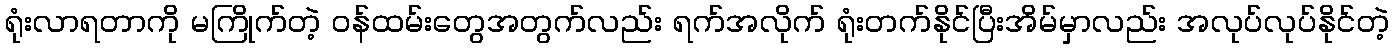
ရုံးလာရတာကို မကြိုက်တဲ့ ဝန်ထမ်းတွေအတွက်လည်း ရက်အလိုက် ရုံးတက်နိုင်ပြီးအိမ်မှာလည်း အလုပ်လုပ်နိုင်တဲ့